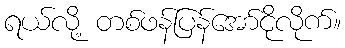
ရယ်လို့ တစ်ဖန်ပြန်အော်ငိုလိုက်။